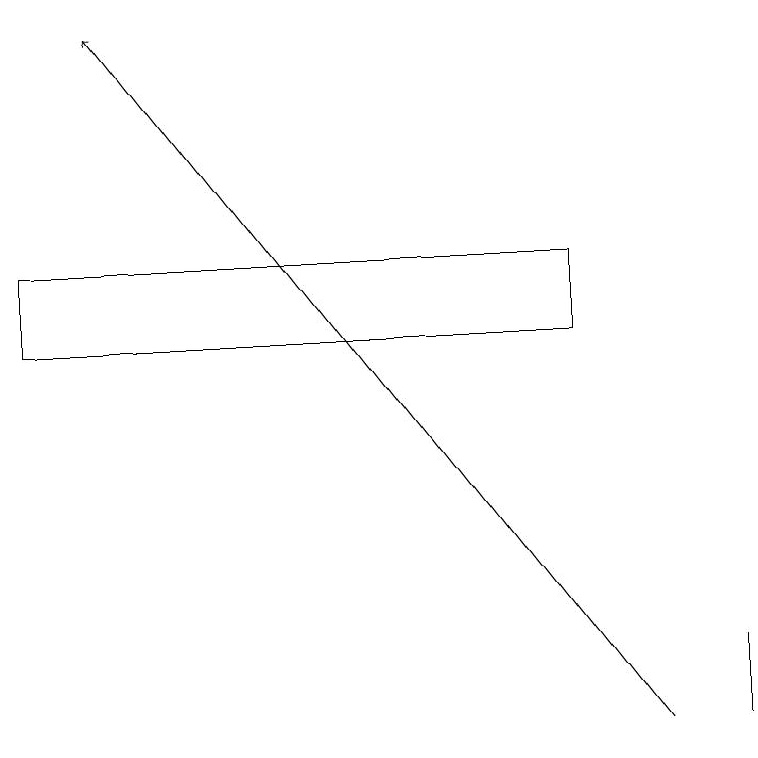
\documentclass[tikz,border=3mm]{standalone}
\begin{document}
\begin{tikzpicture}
\draw (7,15) rectangle (0,16);
\draw (9,10) rectangle (9,11);
\draw[->] (8,10) -- (1,19);
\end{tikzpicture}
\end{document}